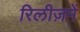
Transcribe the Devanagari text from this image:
रिलीज़में